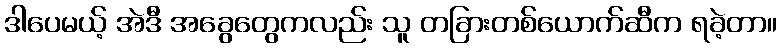
ဒါပေမယ့် အဲဒီ အခွေတွေကလည်း သူ တခြားတစ်ယောက်ဆီက ရခဲ့တာ။